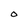
Character: 0